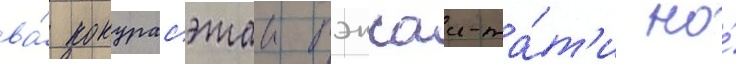
ва́ кокурасэтаи тэнсаи-та́т'и но́